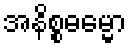
အနိစ္စဓမ္မော